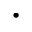
\cdot